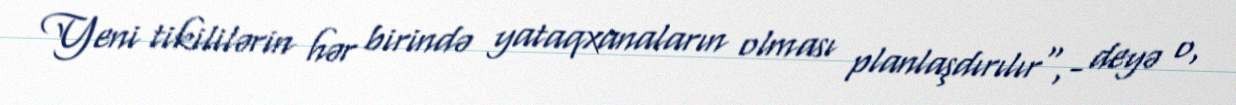
Yeni tikililərin hər birində yataqxanaların olması planlaşdırılır",- deyə o,